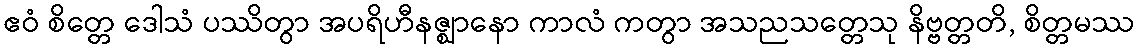
ဧဝံ စိတ္တေ ဒေါသံ ပဿိတွာ အပရိဟီနဇ္ဈာနော ကာလံ ကတွာ အသညသတ္တေသု နိဗ္ဗတ္တတိ, စိတ္တမဿ